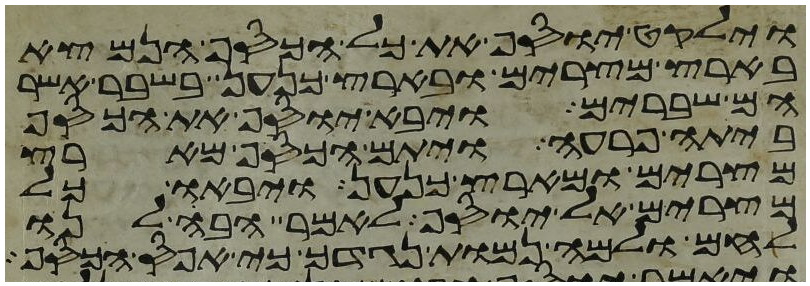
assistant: וילקט יוסף את כל הכסף הנמצא
בארץ מצרים ובארץ כנען בשבר אשר
הם שברים ויבא יוסף את הכסף
ביתה פרעה ויתם הכסף מארץ
מצרים ומארץ כנען ויבאו כל
מצרים אל יוסף לאמר הבה לנו
לחם ולמה נמות נגדך כי אפס הכסף